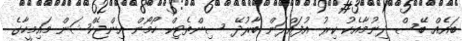
ބައެއް ބޭސް ދިނުމާއެކު ކިރު އުފައްދަން ބާރުދޭ ސިންތެޓިކް ހޯމޯން އިންޖެކްޝަން މައިމީހާގެ